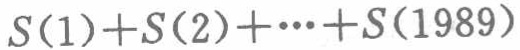
\(S(1)+S(2)+\cdots+S(1989)\)